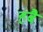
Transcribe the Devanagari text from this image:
हबै